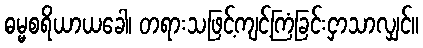
ဓမ္မစရိယာယခေါ၊ တရားသဖြင့်ကျင့်ကြံခြင်းငှာသာလျှင်။